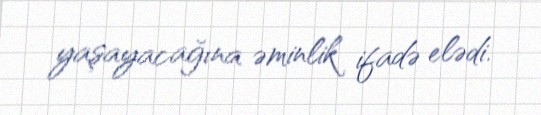
yaşayacağına əminlik ifadə elədi.